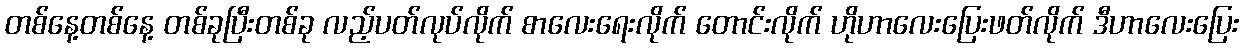
တစ်နေ့တစ်နေ့ တစ်ခုပြီးတစ်ခု လည့်ပတ်လုပ်လိုက် စာလေးရေးလိုက် တောင်းလိုက် ဟိုဟာလေးပြေးဖတ်လိုက် ဒီဟာလေးပြေး